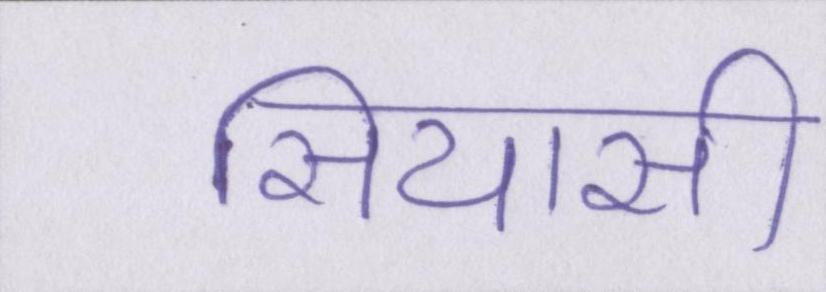
सियासी